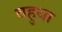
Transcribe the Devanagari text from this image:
बहुथा